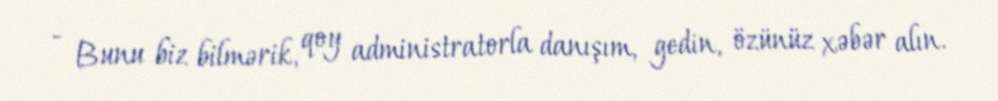
- Bunu biz bilmərik, qoy administratorla danışım, gedin, özünüz xəbər alın.